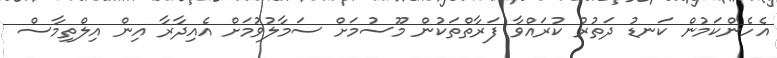
އެހެންކަމުން ކަނޑު ދަތުރު ކުރައްވާ ފަރާތްތަކުން މޫސުމަށް ސަމާލުވުމަށް އެއިދާރާ އިން އިލްތިމާސް